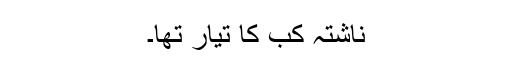
ناشتہ کب کا تیار تھا۔